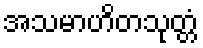
အသမာဟိတသုတ္တံ